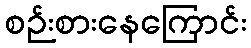
စဉ်းစားနေကြောင်း